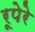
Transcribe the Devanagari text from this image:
रूपेरे